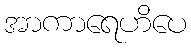
အာကာရေဟိပေ